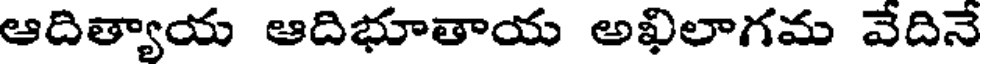
ఆదిత్యాయ ఆదిభూతాయ అఖిలాగమ వేదినే